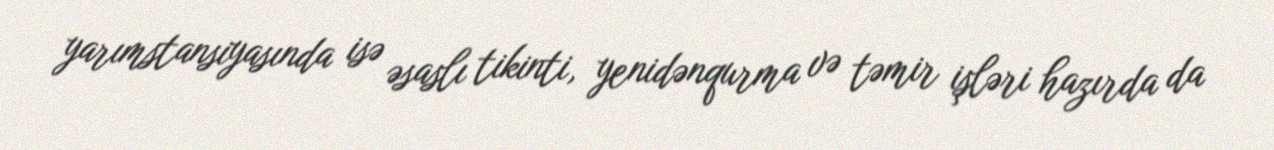
yarımstansiyasında isə əsaslı tikinti, yenidənqurma və təmir işləri hazırda da